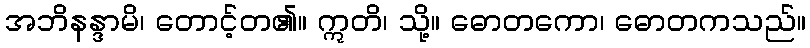
အဘိနန္ဒာမိ၊ တောင့်တ၏။ ဣတိ၊ သို့။ ဓောတကော၊ ဓောတကသည်။